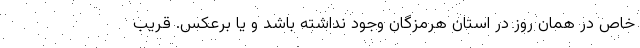
خاص در همان روز در استان هرمزگان وجود نداشته باشد و یا برعکس. قریب